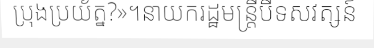
ប្រុងប្រយ័ត្ន?»។នាយករដ្ឋមន្ត្រីបីទសវត្សន៍